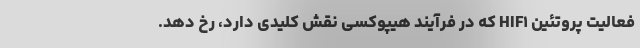
فعالیت پروتئین HIF۱ که در فرآیند هیپوکسی نقش کلیدی دارد، رخ دهد.